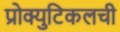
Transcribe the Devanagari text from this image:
प्रोक्युटिकलची